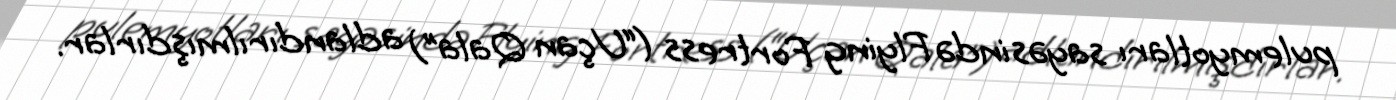
pulemyotları sayəsində Flying Fortress (“Uçan Qala”) adlandırılmışdırlar.